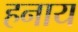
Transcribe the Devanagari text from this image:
हनाय